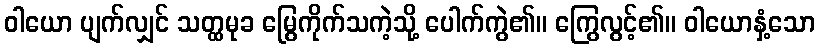
ဝါယော ပျက်လျှင် သတ္ထမုခ မြွေကိုက်သကဲ့သို့ ပေါက်ကွဲ၏။ ကြွေလွင့်၏။ ဝါယောနှံ့သော